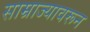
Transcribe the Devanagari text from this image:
साम्राज्यावरून